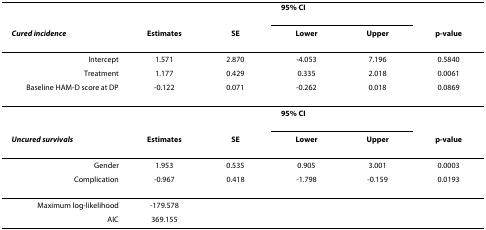
<table><thead><tr><td></td><td></td><td></td><td colspan="2"><b>95% CI</b></td><td></td></tr><tr><td><b><i>Cured incidence</i></b></td><td><b>Estimates</b></td><td><b>SE</b></td><td><b>Lower</b></td><td><b>Upper</b></td><td><b>p-value</b></td></tr></thead><tbody><tr><td>Intercept</td><td>1.571</td><td>2.870</td><td>-4.053</td><td>7.196</td><td>0.5840</td></tr><tr><td>Treatment</td><td>1.177</td><td>0.429</td><td>0.335</td><td>2.018</td><td>0.0061</td></tr><tr><td>Baseline HAM-D score at DP</td><td>-0.122</td><td>0.071</td><td>-0.262</td><td>0.018</td><td>0.0869</td></tr><tr><td></td><td></td><td></td><td colspan="2"><b>95% CI</b></td><td></td></tr><tr><td><b><i>Uncured survivals</i></b></td><td><b>Estimates</b></td><td><b>SE</b></td><td><b>Lower</b></td><td><b>Upper</b></td><td><b>p-value</b></td></tr><tr><td>Gender</td><td>1.953</td><td>0.535</td><td>0.905</td><td>3.001</td><td>0.0003</td></tr><tr><td>Complication</td><td>-0.967</td><td>0.418</td><td>-1.798</td><td>-0.159</td><td>0.0193</td></tr><tr><td>Maximum log-likelihood</td><td>-179.578</td><td></td><td></td><td></td><td></td></tr><tr><td>AIC</td><td>369.155</td><td></td><td></td><td></td><td></td></tr></tbody></table>